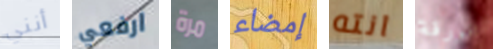
أنني ارفعي مرة إمضاء انته الورقة